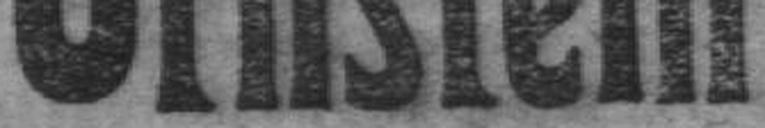
Ornstein